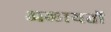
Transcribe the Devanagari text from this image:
अलायतों